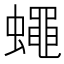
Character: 蠅